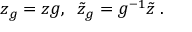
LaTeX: z _ { g } = z g , \; \; \tilde { z } _ { g } = g ^ { - 1 } \tilde { z } \; .